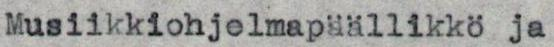
Musiikkiohjelmapäällikkö ja